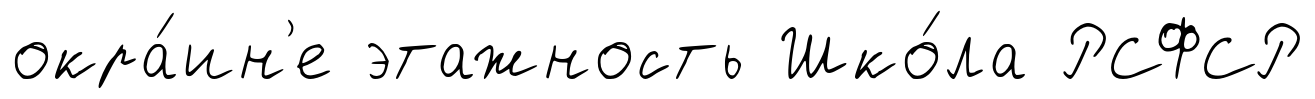
окра́ин'е этажность Шко́ла РСФСР